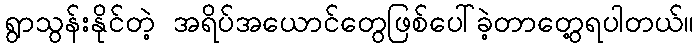
ရွာသွန်းနိုင်တဲ့ အရိပ်အယောင်တွေဖြစ်ပေါ်ခဲ့တာတွေ့ရပါတယ်။